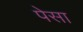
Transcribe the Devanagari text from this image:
पेसा